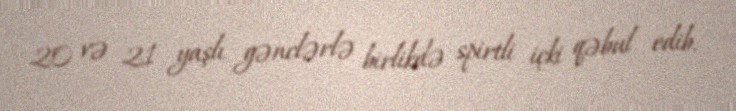
20 və 21 yaşlı gənclərlə birlikdə spirtli içki qəbul edib.